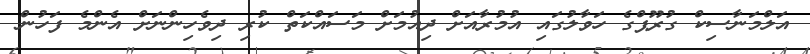
އަލްމަނާސިކް ގުރޫޕްގެ ހަވާލުގައި އުމުރާއަށް ދިއުމަށް މަސައްކަތް ކުރި ދިވެހިންނަށް އެންމެ ފަހުން